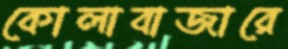
কোলাবাজারে